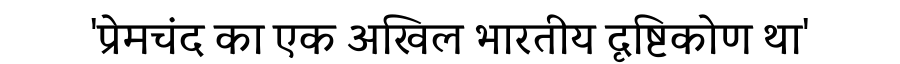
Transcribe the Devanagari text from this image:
'प्रेमचंद का एक अखिल भारतीय दृष्टिकोण था'